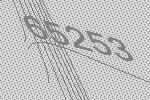
65253